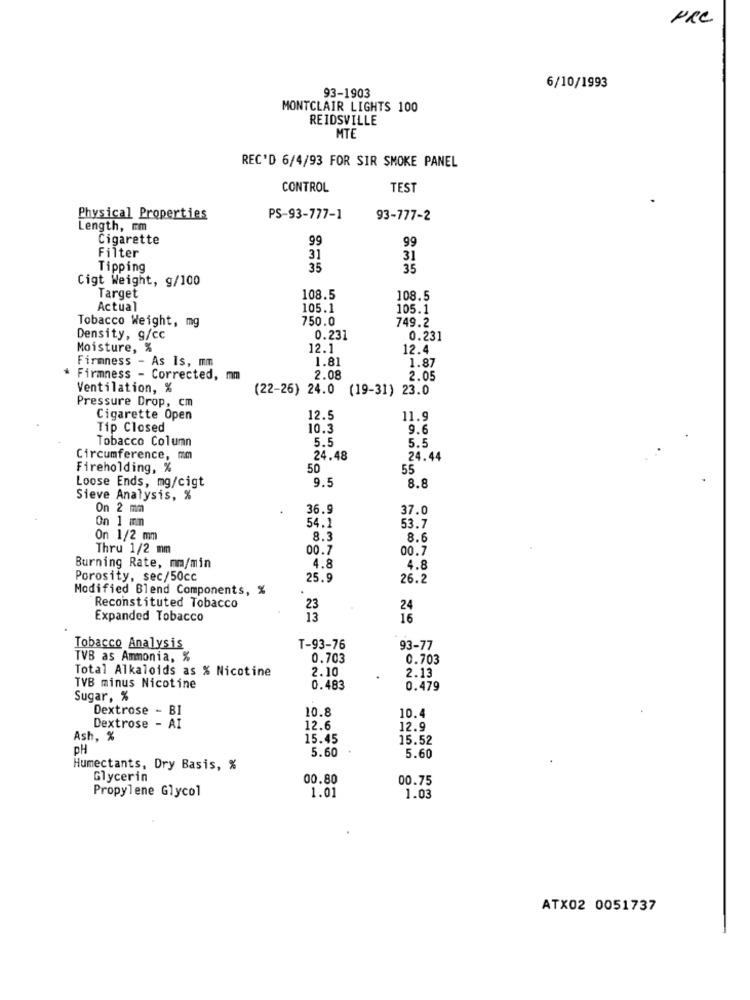
PRC
6/10/1993
93-1903
MONTCLAIR LIGHTS 100
REIDSVILLE
MTE
REC'D 6/4/93 FOR SIR SMOKE PANEL
CONTROL
TEST
Physical Properties
PS-93-777-1
93-777-2
Length, mm
Cigarette
99
99
Filter
31
31
Tipping
35
35
Cigt Weight, g/100
Target
108.5
108.5
Actual
105.1
105.1
Tobacco Weight, mg
750.0
749.2
Density, g/cc
0.231
0.231
Moisture, %
12.1
12.4
Firmness - As Is, mm
1.81
1.87
* Firmness - Corrected, mm
2.08
2.05
Ventilation, %
(22-26) 24.0 (19-31) 23.0
Pressure Drop, cm
Cigarette Open
12.5
11.9
Tip Closed
10.3
9.6
Tobacco Column
5.5
5.5
Circumference, mm
24.48
24.44
Fireholding, %
50
55
9.5
Loose Ends, mg/cigt
8.8
Sieve Analysis, %
On 2 mm
36.9
37.0
On 1 mm
53.7
54.1
On 1/2 mm
8.3
8.6
Thru 1/2 mm
00.7
00.7
4.8
Burning Rate, mm/min
4.8
Porosity, sec/50cc
25.9
26.2
Modified Blend Components, %
Reconstituted Tobacco
23
24
Expanded Tobacco
13
16
Tobacco Analysis
T-93-76
93-77
TVB as Ammonia, %
0.703
0.703
Total Alkaloids as % Nicotine
2.10
2.13
TVB minus Nicotine
0.483
0.479
Sugar, %
Dextrose - BI
10.8
10.4
Dextrose - AI
12.6
12.9
Ash, %
15.45
15.52
PH
5.60
5.60
Humectants, Dry Basis, %
Glycerin
00.80
00.75
Propylene Glycol
1.01
1.03
ATX02 0051737